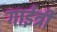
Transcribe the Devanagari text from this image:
गाईत्री